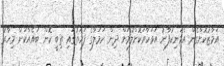
އަމާޒުކޮށްގެން އެމަނިކުފާނު އަވަހާރަކޮށްލުމަށް ދިން ހަމަލާގެ ފަހަތުގައި ތިބީ ކޮން ބައެއްކަން މިހާރު